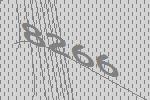
8266